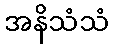
အနိသံသံ